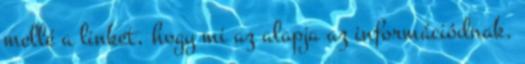
mellé a linket, hogy mi az alapja az információdnak.